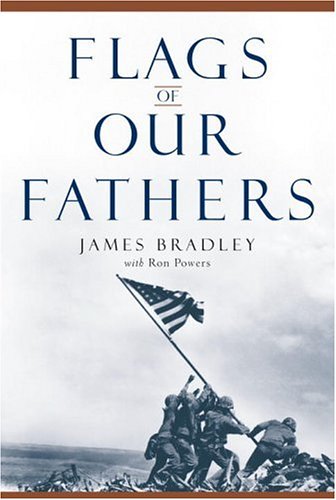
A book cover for Flags of Our Fathers; James Bradley; Arts & Photography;